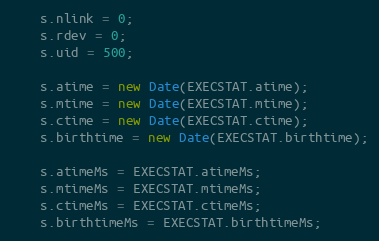
Language: JavaScript
    s.nlink = 0;
    s.rdev = 0;
    s.uid = 500;

    s.atime = new Date(EXECSTAT.atime);
    s.mtime = new Date(EXECSTAT.mtime);
    s.ctime = new Date(EXECSTAT.ctime);
    s.birthtime = new Date(EXECSTAT.birthtime);

    s.atimeMs = EXECSTAT.atimeMs;
    s.mtimeMs = EXECSTAT.mtimeMs;
    s.ctimeMs = EXECSTAT.ctimeMs;
    s.birthtimeMs = EXECSTAT.birthtimeMs;